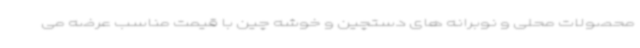
محصولات محلی و نوبرانه های دستچین و خوشه چین با قیمت مناسب عرضه می